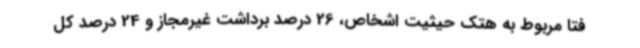
فتا مربوط به هتک حیثیت اشخاص، 26 درصد برداشت غیرمجاز و 24 درصد کل